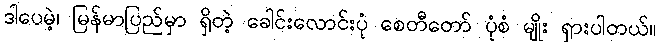
ဒါပေမဲ့၊ မြန်မာပြည်မှာ ရှိတဲ့ ခေါင်းလောင်းပုံ စေတီတော် ပုံစံ မျိုး ရှားပါတယ်။